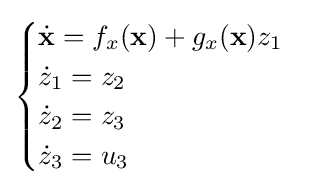
{\begin{cases}{\dot {\mathbf {x} }}=f_{x}(\mathbf {x} )+g_{x}(\mathbf {x} )z_{1}\\{\dot {z}}_{1}=z_{2}\\{\dot {z}}_{2}=z_{3}\\{\dot {z}}_{3}=u_{3}\end{cases}}